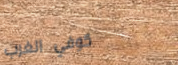
كوفي الغرب